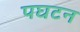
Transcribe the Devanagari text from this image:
पघटन